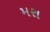
મરા